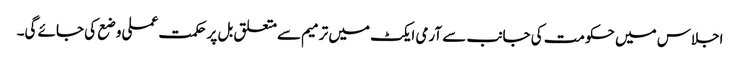
اجلاس میں حکومت کی جانب سے آرمی ایکٹ میں ترمیم سےمتعلق بل پرحکمت عملی وضع کی جائے گی۔